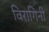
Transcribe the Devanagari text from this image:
विरागिनी